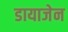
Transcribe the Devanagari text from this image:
डायाजेन